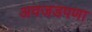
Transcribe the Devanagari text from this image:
अवजडपणा